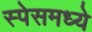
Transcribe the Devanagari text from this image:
स्पेसमध्ये